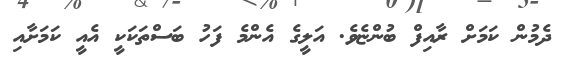
ދެމުން ކަމަށް ރާއިފް ބުންޏެވެ. އަލީގެ އެންމެ ފަހު ބަސްތަކަކީ އެއީ ކަމަށާއި